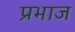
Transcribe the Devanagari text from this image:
प्रभाज